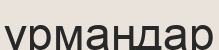
ұрмаңдар